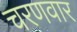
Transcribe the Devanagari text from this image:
चरणवार